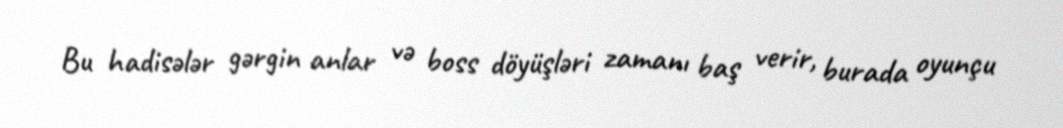
Bu hadisələr gərgin anlar və boss döyüşləri zamanı baş verir, burada oyunçu